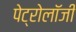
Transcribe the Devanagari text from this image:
पेट्रोलॉजी